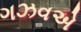
ગઝવએ